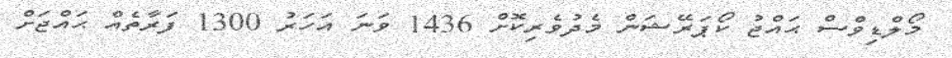
މޯލްޑިވްސް ޙައްޖު ކޯޕަރޭޝަން މެދުވެރިކޮށް 1436 ވަނަ އަހަރު 1300 ފަރާތެއް ޙައްޖަށް